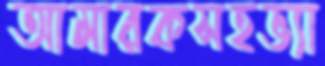
আমারকসহভ্যা